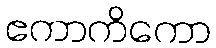
ဧကာကိကော